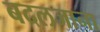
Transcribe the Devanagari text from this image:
बदलजाना